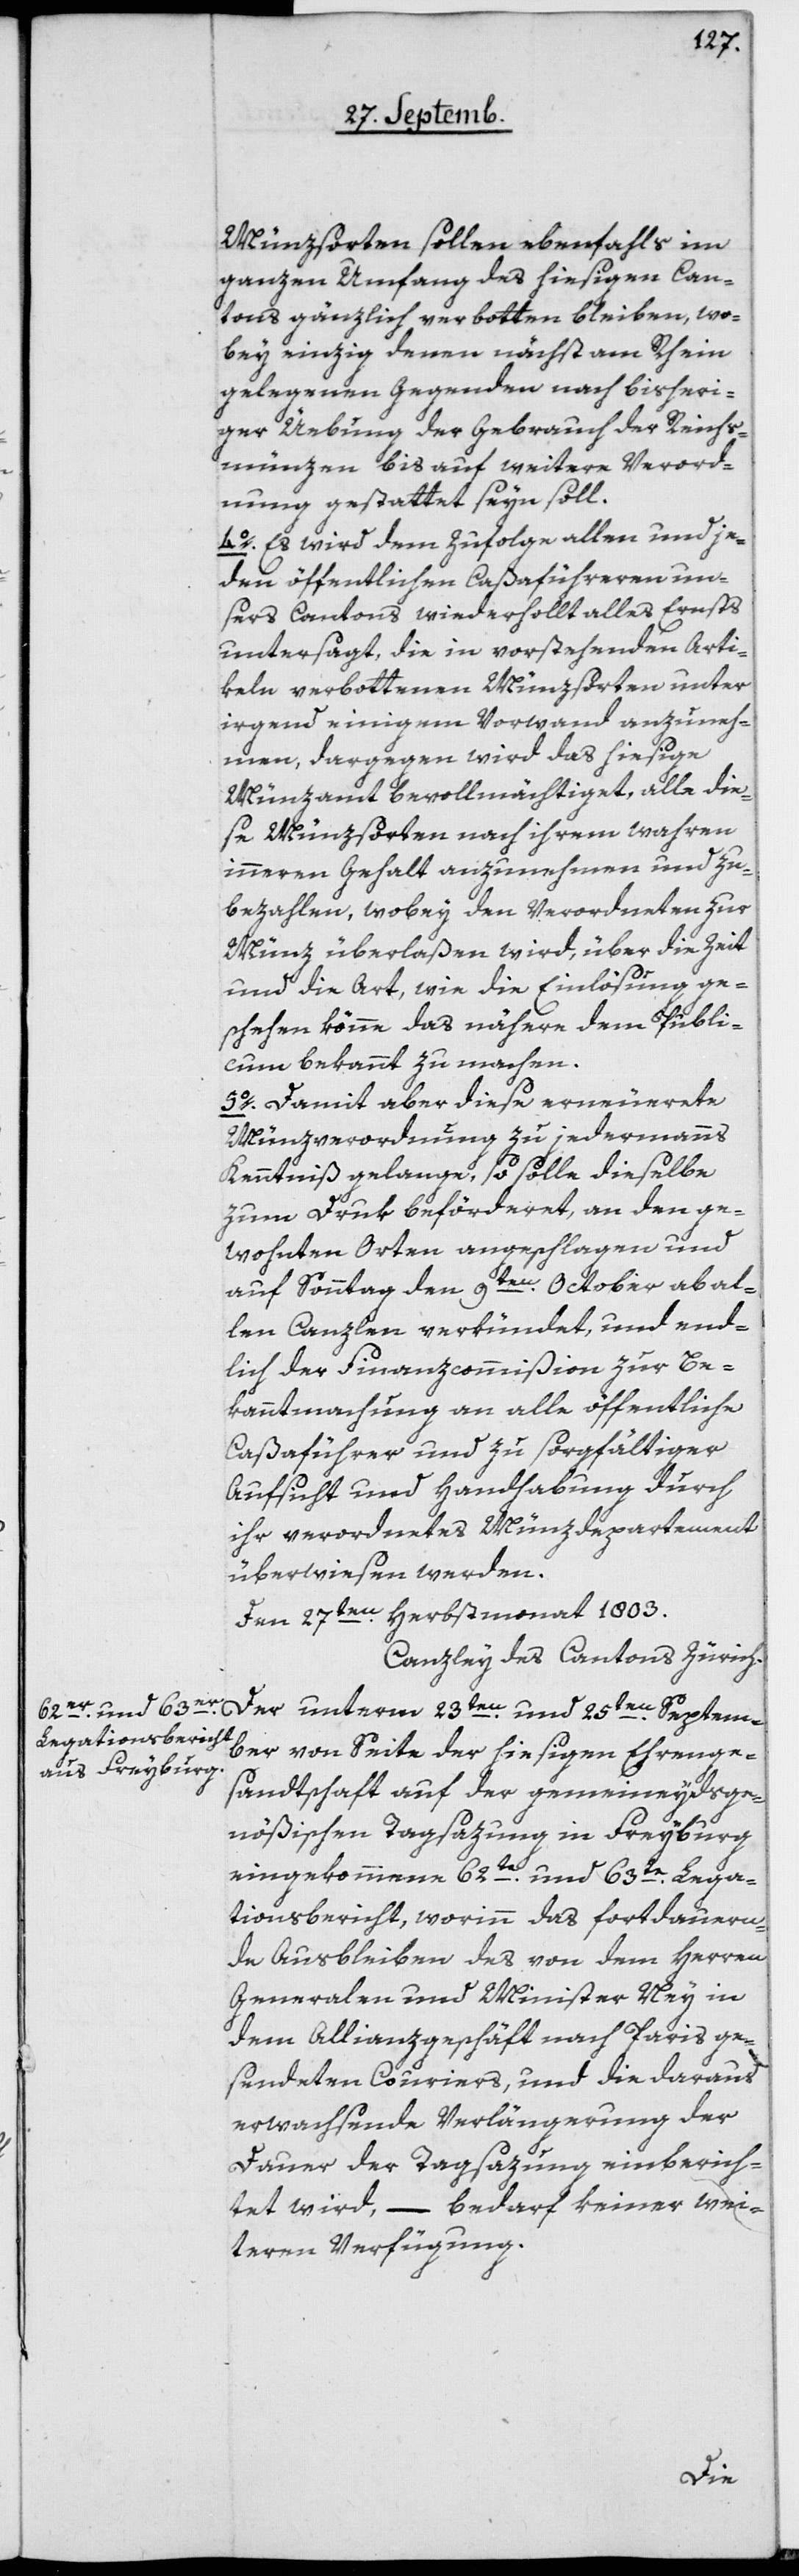
Münzsorten sollen ebenfalls im
ganzen Umfang des hiesigen Can¬
tons gänzlich verbotten bleiben, wo¬
bey einzig denen nächst am Rhein
gelegenen Gegenden nach bisheri¬
ger Übung der Gebrauch der Reichs¬
münzen bis auf weitere Verord¬
nung gestattet seyn soll.
4o Es wird demzufolge allen und je¬
den öffentlichen Caßaführeren un¬
sers Cantons wiederhollt alles Ernsts
untersagt, die in vorstehenden Arti¬
keln verbottenen Münzsorten unter
irgend einem Vorwand anzuneh¬
men, dargegen wird das hiesige
Münzamt bevollmächtiget, alle die¬
se Münzsorten nach ihrem wahren
inneren Gehalt anzunehmen und zu
bezahlen, wobey den Verordneten zur
Münz überlaßen wird, über die Zeit
und die Art, wie die Einlösung ge¬
schehen könne, das Nähere dem Publi¬
cum bekannt zu machen.
5o Damit aber diese erneuerete
Münzverordnung zu jedermanns
Kenntniß gelange, so solle dieselbe
zum Druk beförderet, an den ge¬
wohnten Orten angeschlagen und
auf Sonntag den 9ten October ab al¬
len Canzlen verkündet, und end¬
lich der Finanzcommißion zur Be¬
kanntmachung an alle öffentliche
Caßaführer und zu sorgfältiger
Aufsicht und Handhabung durch
ihr verordnetes Münzdepartement
überwiesen werden.
Den 27ten Herbstmonat 1803.
Canzley des Kantons Zürich.
Der unterm 23ten und 25ten Septem¬
ber von Seite der hiesigen Ehrenge¬
sandtschaft auf der gemeineydsge¬
nößischen Tagsazung in Freyburg
eingekommene 62te und 63te Lega¬
tionsbericht, worinn das fortdauern¬
de Ausbleiben des von dem Herren
Generalen und Minister Ney in
dem Allianzgeschäft nach Paris ge¬
sendeten Couriers, und die daraus
erwachsende Verlängerung der
Dauer der Tagsazung einberich¬
tet wird, – bedarf keiner wei¬
teren Verfügung.